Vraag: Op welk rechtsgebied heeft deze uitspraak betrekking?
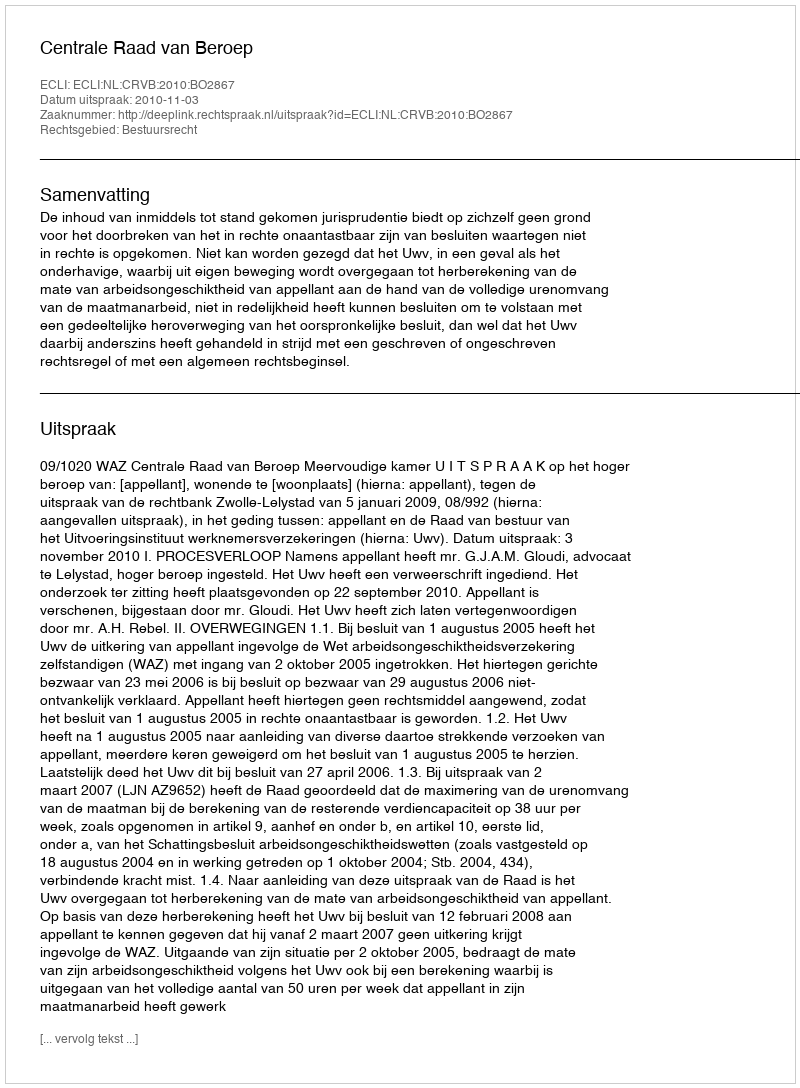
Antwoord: Bestuursrecht